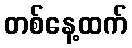
တစ်နေ့ထက်